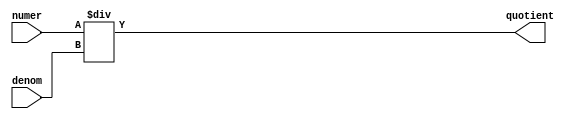

module div_module
(
input  [15:0]denom ,
input  [36:0]numer ,
output [36:0]quotient
);

wire signed [15:0]d = denom;
wire signed [36:0]n = numer;
wire signed [36:0]q;
assign q = n / d;
assign quotient = q;

endmodule